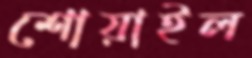
শোয়াইল